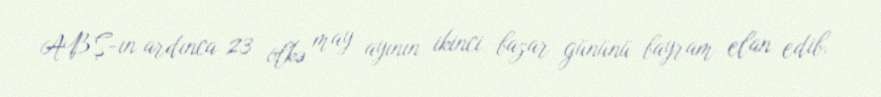
ABŞ-ın ardınca 23 ölkə may ayının ikinci bazar gününü bayram elan edib.